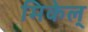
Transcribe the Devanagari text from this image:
मिकेल्